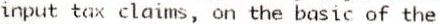
INPUT TAX CLAIMS, ON THE BASIC OF THE